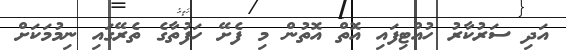
އަދި ސަރުކާރު ހުއްޓިފައި އޮތް އޮތުން މި ފެށޭ ހަފުތާގެ ތެރޭގައި ނިމުމަކަށް